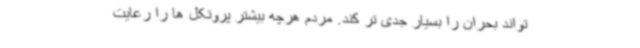
تواند بحران را بسیار جدی تر کند. مردم هرچه بیشتر پروتکل ها را رعایت